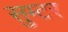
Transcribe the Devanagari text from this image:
सुम्टर